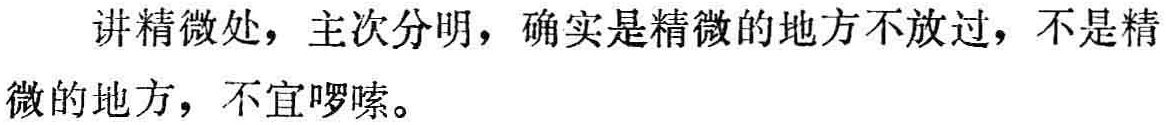
讲精微处，主次分明，确实是精微的地方不放过，不是精微的地方，不宜啰嗦。